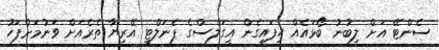
ސެންޓޭ އަށް ލިބުނު ބޯޅައެއް ހިފައިގެން އީގަލްސްގެ ޕެނަލްޓީ އޭރިޔާ ތެރެއަށް ވަނުމަށްފަހު